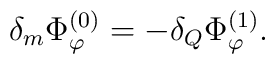
\delta_m\Phi_\varphi^{(0)}=-\delta_Q\Phi_\varphi^{(1)}.